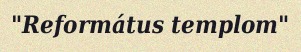
"Református templom"